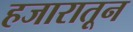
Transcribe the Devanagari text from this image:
हजारातून